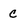
Character: c